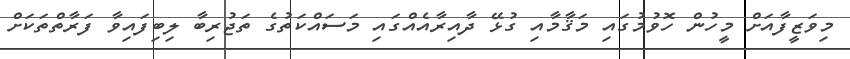
މިވަޒީފާއަށް މީހުން ހޮވުމުގައި މަޤާމާއި ގުޅޭ ދާއިރާއެއްގައި މަސައްކަތުގެ ތަޖުރިބާ ލިބިފައިވާ ފަރާތްތަކަށް